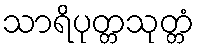
သာရိပုတ္တသုတ္တံ